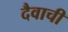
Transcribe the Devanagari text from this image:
दैवाची